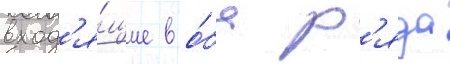
вход'я́щие в о́ба р'яда